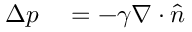
\begin{array} { r l } { \Delta p } & { { } = - \gamma \nabla \cdot { \hat { n } } } \end{array}